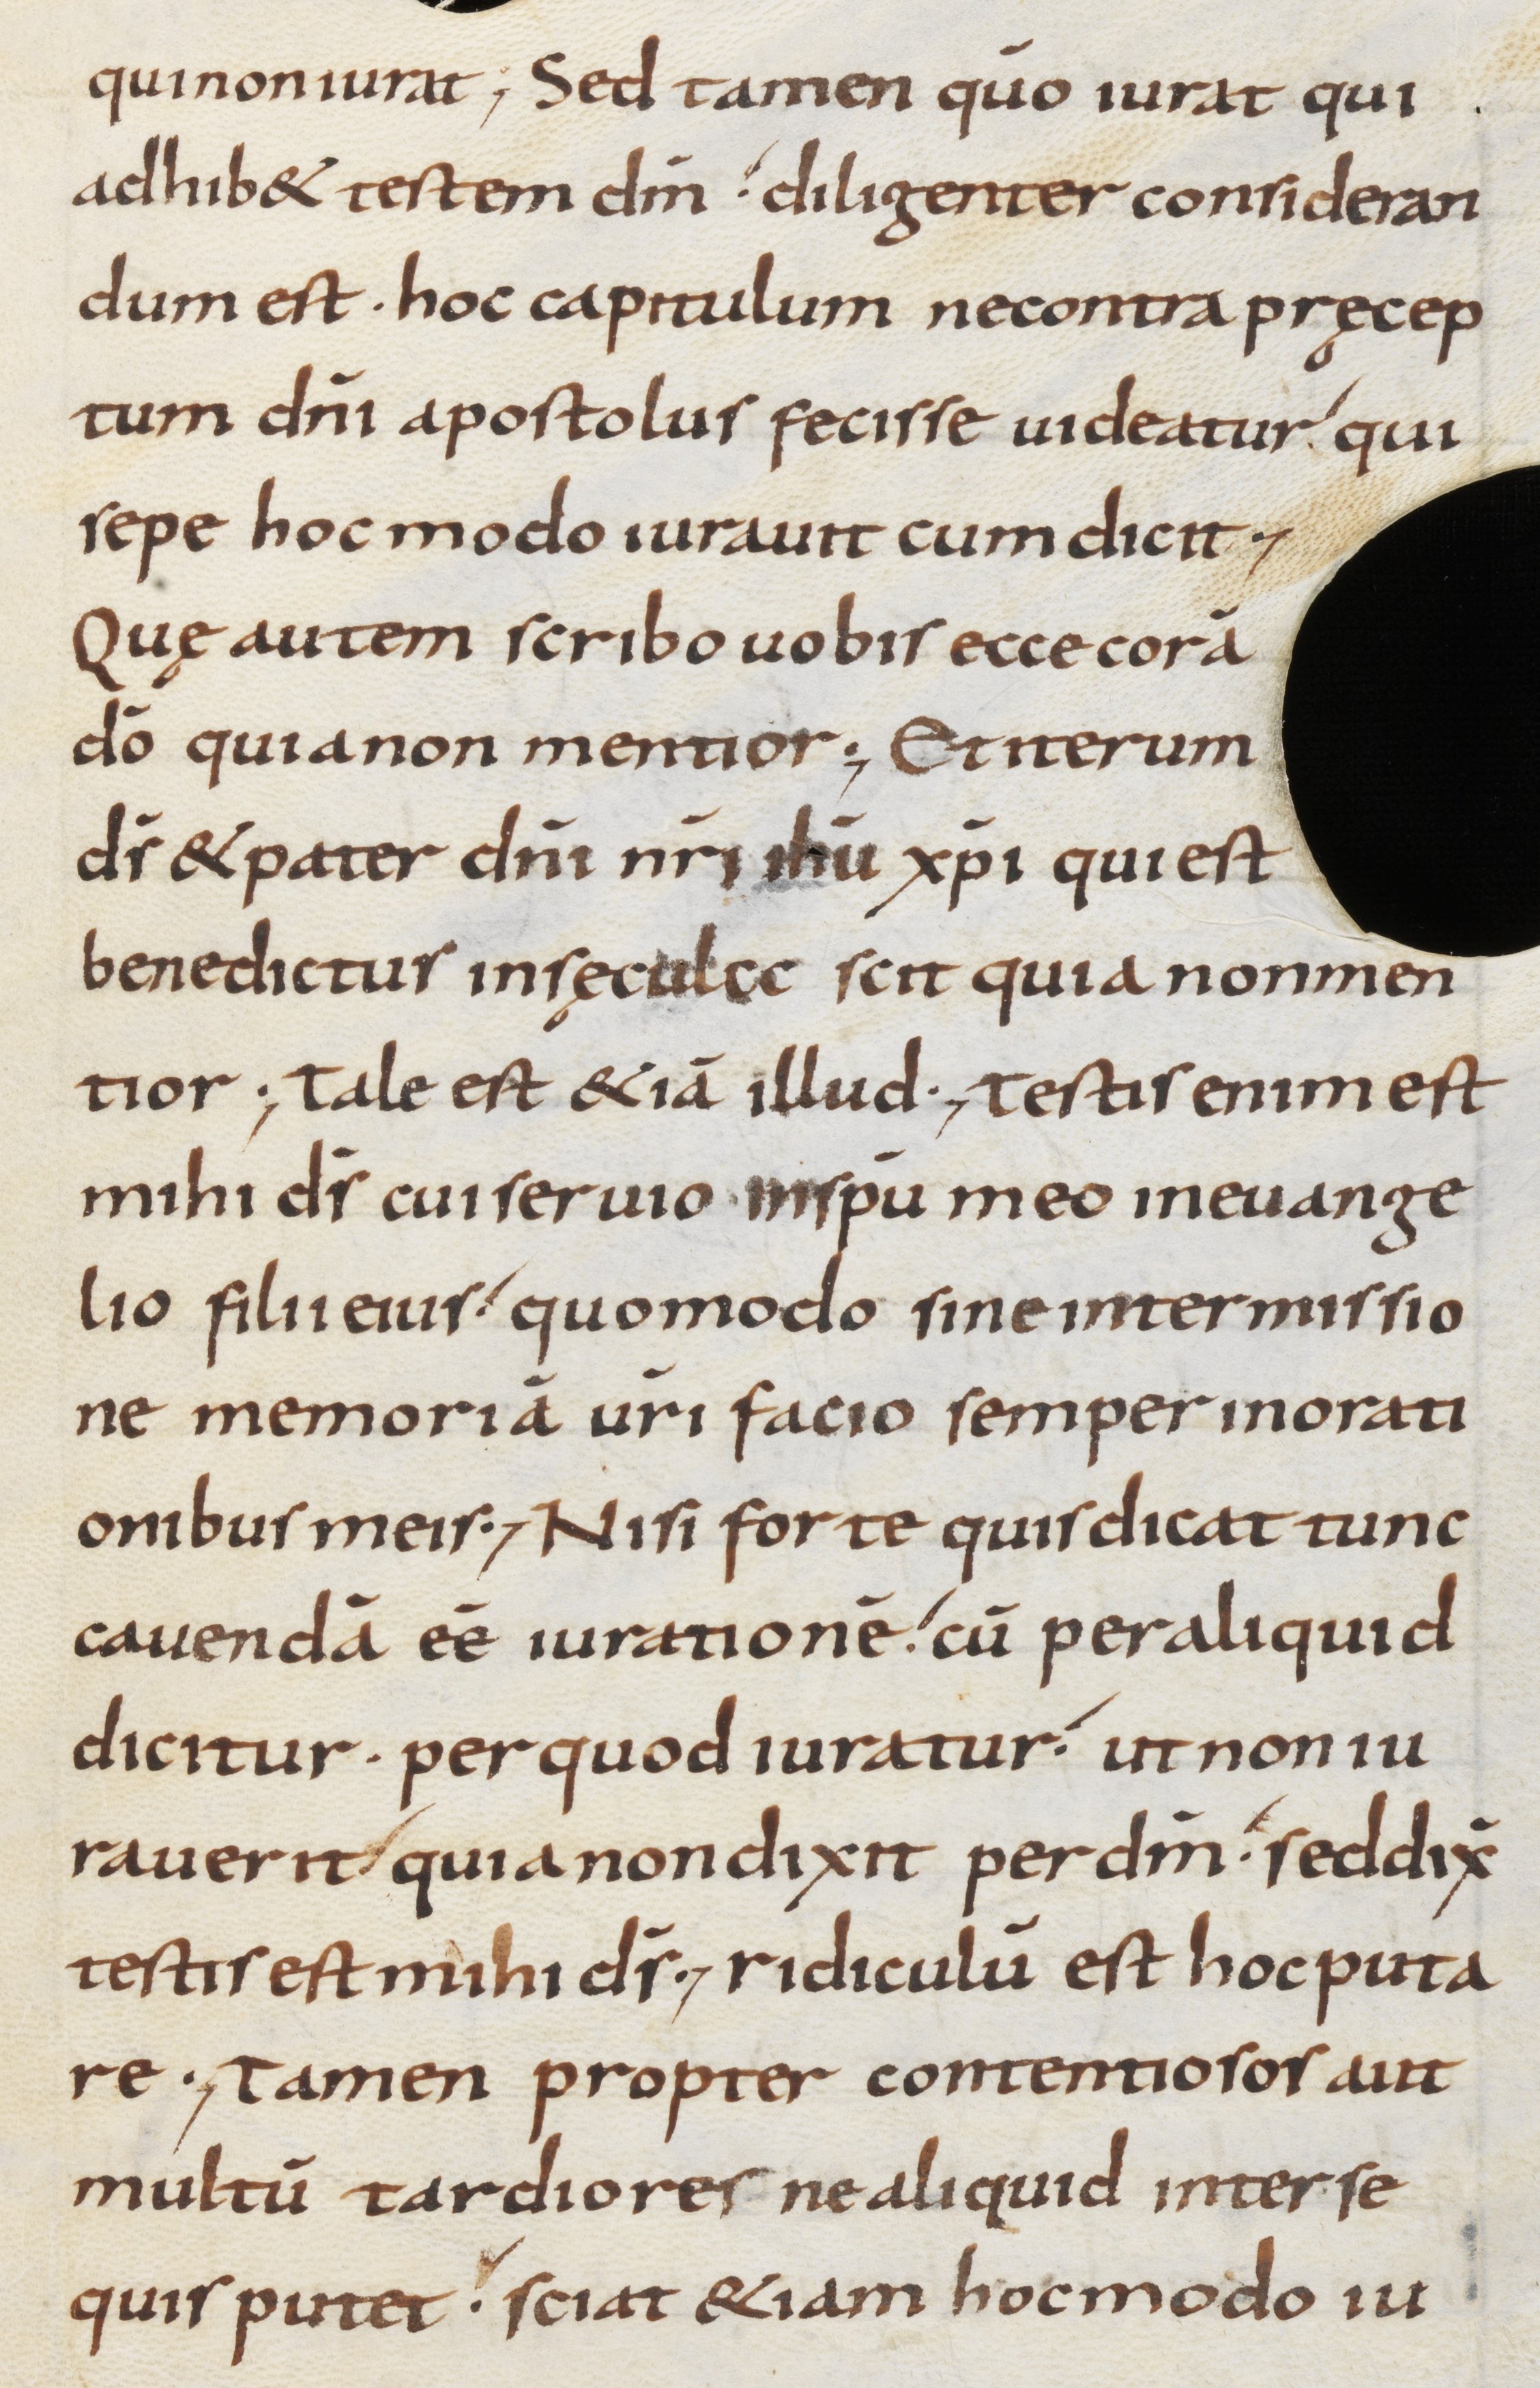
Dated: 800–899